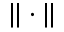
\| \cdot \|